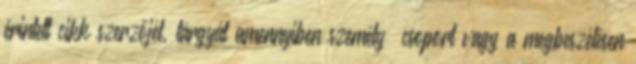
érintett cikk szerzőjét, tárgyát amennyiben személy csoport vagy a megbeszélésen